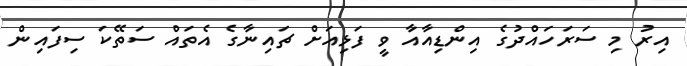
އިރު މި ސަރަހައްދުގެ އިންޑިއާއާ ވީ ފަޅިއަށް ޗައިނާގެ އެތައް ސަތޭކަ ސިފައިން